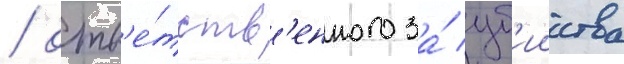
/ отв'е́тств'енного за́ уб'ииства